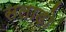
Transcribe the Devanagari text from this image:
सलाडो